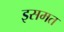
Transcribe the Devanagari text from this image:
इसमत